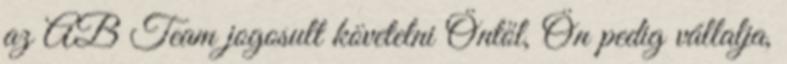
az AB Team jogosult követelni Öntől, Ön pedig vállalja,